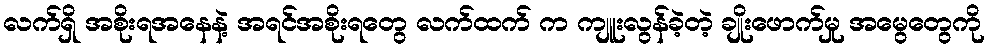
လက်ရှိ အစိုးရအနေနဲ့ အရင်အစိုးရတွေ လက်ထက် က ကျူးလွန်ခဲ့တဲ့ ချိုးဖောက်မှု အမွေတွေကို